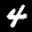
Label: 4